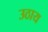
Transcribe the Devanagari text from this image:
उठाय